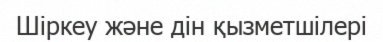
Шіркеу және дін қызметшілері